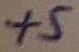
Text: +5V